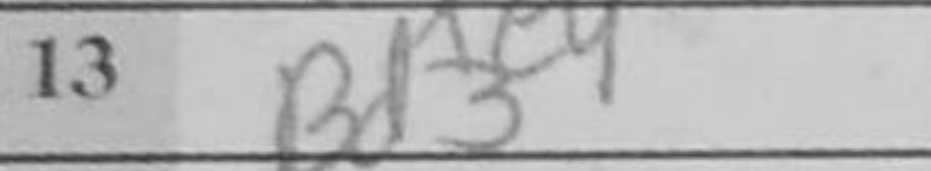
Transcription: Bd3